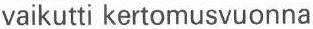
vaikutti kertomusvuonna